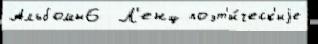
Альбомы6  Л'енц поэт'и́ческ'иjе